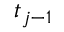
t _ { j - 1 }